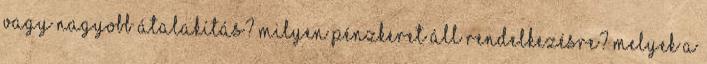
vagy nagyobb átalakítás? Milyen pénzkeret áll rendelkezésre? Melyek a